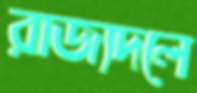
রাজ্যদলে